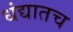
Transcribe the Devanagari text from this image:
धंद्यातच